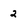
Character: 2